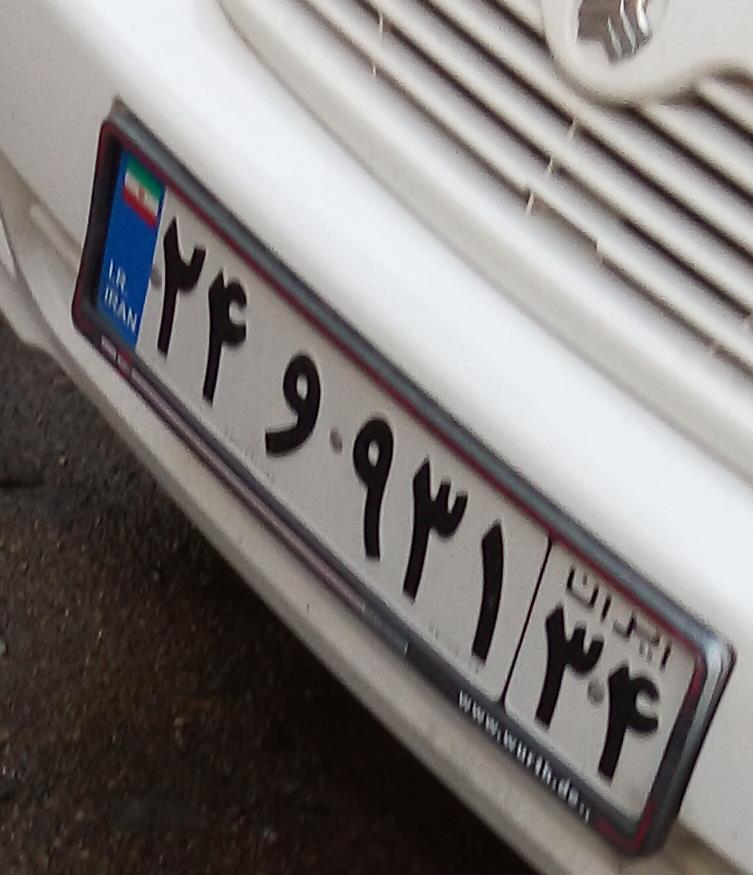
۲۴و۹۳۱۳۴